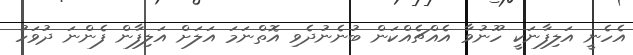
އެހެނީ އަލިފާނަކީ ހޫނުވާ އެއްޗެއްކަން ބުނެނުދެވި އޮތްނަމަ އަލަށް އަލިފާން ފެންނަ ދުވަހު